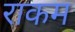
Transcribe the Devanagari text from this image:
राकम